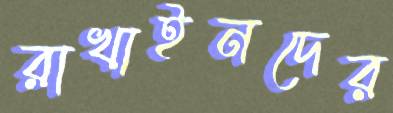
রাখাইনদের